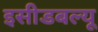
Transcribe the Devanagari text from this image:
इसीडबल्यू